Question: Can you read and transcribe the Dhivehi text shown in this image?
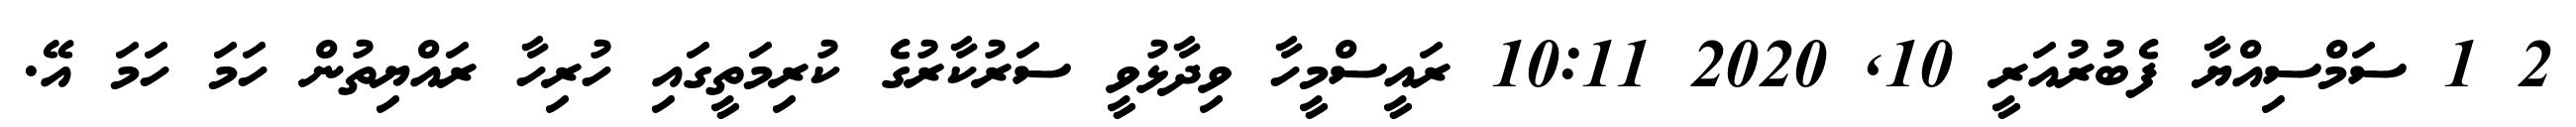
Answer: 2 1 ސަމްސިއްޔާ ފެބުރުއަރީ 10, 2020 10:11 ރައީސްމީހާ ވިދާޅުވީ ސަރުކާރުގެ ކުރިމަތީގައި ހުރިހާ ރައްޔިތުން ހަމަ ހަމަ އޭ.